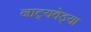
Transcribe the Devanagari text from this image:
नाट्यवेड्या